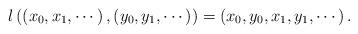
LaTeX: \begin{align*} l\left(\left(x_0,x_1,\cdots\right),\left(y_0,y_1,\cdots\right)\right)=\left(x_0,y_0,x_1,y_1,\cdots\right). \end{align*}